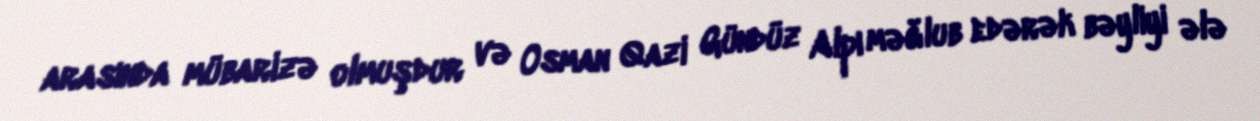
arasında mübarizə olmuşdur və Osman Qazi Gündüz Alpı məğlub edərək bəyliyi ələ